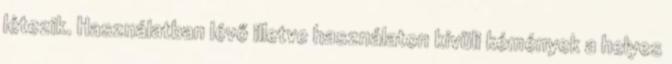
létezik. Használatban lévő illetve használaton kívüli kémények a helyes